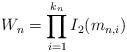
LaTeX: \begin{align*} W_n = \prod_{i=1}^{k_n} I_2(m_{n,i}) \end{align*}